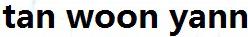
TAN WOON YANN